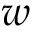
^ Ḋ w Ḍ